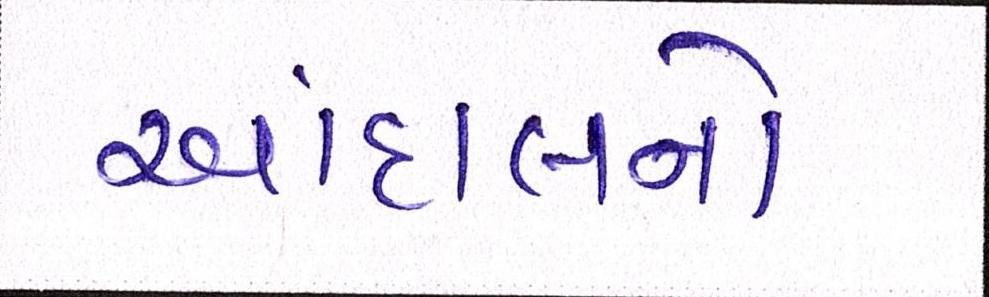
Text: આંદોલનો